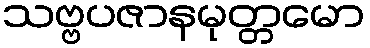
သဗ္ဗပဇာနမုတ္တမော